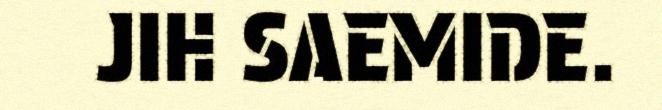
JIH SAEMIDE.